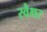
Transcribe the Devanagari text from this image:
स्वैथर